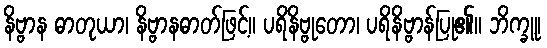
နိဗ္ဗာန ဓာတုယာ၊ နိဗ္ဗာနဓာတ်ဖြင့်။ ပရိနိဗ္ဗုတော၊ ပရိနိဗ္ဗာန်ပြု၏။ ဘိက္ခူ၊